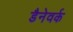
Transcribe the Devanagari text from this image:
डैनेवर्क